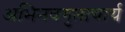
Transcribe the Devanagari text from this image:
अभिनवगुप्ताचार्य